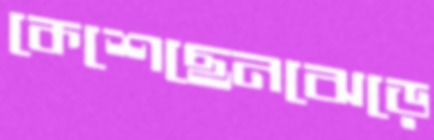
কেশেছেনঝেড়ে